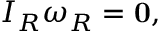
I _ { R } { \boldsymbol { \omega } } _ { R } = \mathbf { 0 } ,